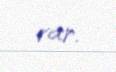
var.